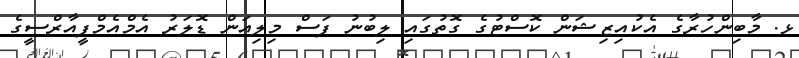
ޅ. މާބިންހުރާގެ އެކުއިޒިޝަން ކޮސްޓުގެ ގޮތުގައި ލިބުނު ފަސް މިލިއަން ޑޮލަރު އެމްއެމްޕީއާރްސީގެ